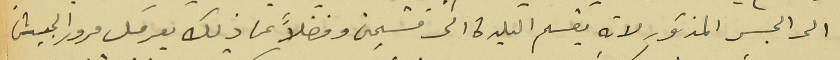
الى الجسر المذكور لانه يقسم البلدة الى قسمين وفضلاً عن ذلك يعرقل مرور الجيش